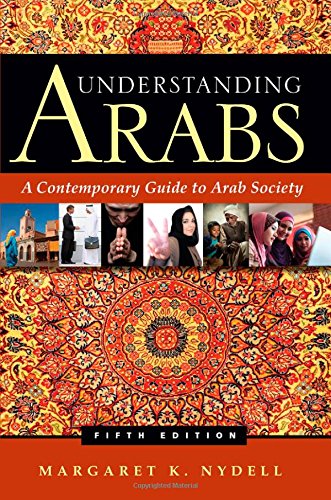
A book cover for Understanding Arabs: A Contemporary Guide to Arab Society; Margaret  K. Nydell; Politics & Social Sciences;